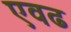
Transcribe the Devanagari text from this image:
एवढ